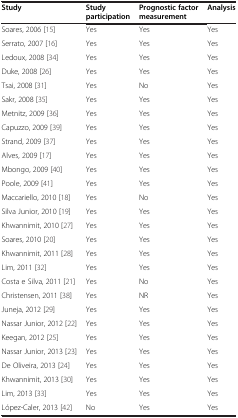
<table><thead><tr><td><b>Study</b></td><td><b>Study participation</b></td><td><b>Prognostic factor measurement</b></td><td><b>Analysis</b></td></tr></thead><tbody><tr><td>Soares, 2006 [15]</td><td>Yes</td><td>Yes</td><td>Yes</td></tr><tr><td>Serrato, 2007 [16]</td><td>Yes</td><td>Yes</td><td>Yes</td></tr><tr><td>Ledoux, 2008 [34]</td><td>Yes</td><td>Yes</td><td>Yes</td></tr><tr><td>Duke, 2008 [26]</td><td>Yes</td><td>Yes</td><td>Yes</td></tr><tr><td>Tsai, 2008 [31]</td><td>Yes</td><td>No</td><td>Yes</td></tr><tr><td>Sakr, 2008 [35]</td><td>Yes</td><td>Yes</td><td>Yes</td></tr><tr><td>Metnitz, 2009 [36]</td><td>Yes</td><td>Yes</td><td>Yes</td></tr><tr><td>Capuzzo, 2009 [39]</td><td>Yes</td><td>Yes</td><td>Yes</td></tr><tr><td>Strand, 2009 [37]</td><td>Yes</td><td>Yes</td><td>Yes</td></tr><tr><td>Alves, 2009 [17]</td><td>Yes</td><td>Yes</td><td>Yes</td></tr><tr><td>Mbongo, 2009 [40]</td><td>Yes</td><td>Yes</td><td>Yes</td></tr><tr><td>Poole, 2009 [41]</td><td>Yes</td><td>Yes</td><td>Yes</td></tr><tr><td>Maccariello, 2010 [18]</td><td>Yes</td><td>No</td><td>Yes</td></tr><tr><td>Silva Junior, 2010 [19]</td><td>Yes</td><td>Yes</td><td>Yes</td></tr><tr><td>Khwannimit, 2010 [27]</td><td>Yes</td><td>Yes</td><td>Yes</td></tr><tr><td>Soares, 2010 [20]</td><td>Yes</td><td>Yes</td><td>Yes</td></tr><tr><td>Khwannimit, 2011 [28]</td><td>Yes</td><td>Yes</td><td>Yes</td></tr><tr><td>Lim, 2011 [32]</td><td>Yes</td><td>Yes</td><td>Yes</td></tr><tr><td>Costa e Silva, 2011 [21]</td><td>Yes</td><td>No</td><td>Yes</td></tr><tr><td>Christensen, 2011 [38]</td><td>Yes</td><td>NR</td><td>Yes</td></tr><tr><td>Juneja, 2012 [29]</td><td>Yes</td><td>Yes</td><td>Yes</td></tr><tr><td>Nassar Junior, 2012 [22]</td><td>Yes</td><td>Yes</td><td>Yes</td></tr><tr><td>Keegan, 2012 [25]</td><td>Yes</td><td>Yes</td><td>Yes</td></tr><tr><td>Nassar Junior, 2013 [23]</td><td>Yes</td><td>Yes</td><td>Yes</td></tr><tr><td>De Oliveira, 2013 [24]</td><td>Yes</td><td>Yes</td><td>Yes</td></tr><tr><td>Khwannimit, 2013 [30]</td><td>Yes</td><td>Yes</td><td>Yes</td></tr><tr><td>Lim, 2013 [33]</td><td>Yes</td><td>Yes</td><td>Yes</td></tr><tr><td>López-Caler, 2013 [42]</td><td>No</td><td>Yes</td><td>Yes</td></tr></tbody></table>